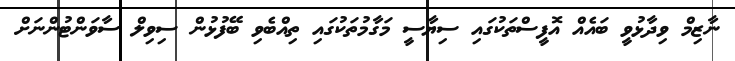
ނާޒިމް ވިދާޅުވީ ބައެއް އޮފީސްތަކުގައި ސިޔާސީ މަގާމުތަކުގައި ތިއްބެވި ބޭފުޅުން ސިވިލް ސާވަންޓުންނަށް